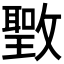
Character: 𰕖